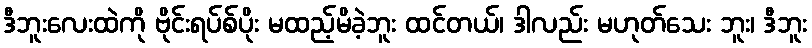
ဒီဘူးလေးထဲကို ဗိုင်းရပ်စ်ပိုး မထည့်မိခဲ့ဘူး ထင်တယ်၊ ဒါလည်း မဟုတ်သေး ဘူး၊ ဒီဘူး